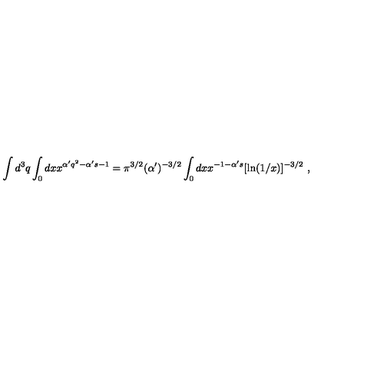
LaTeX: \int d ^ { 3 } q \int _ { 0 } d x x ^ { \alpha ^ { \prime } q ^ { 2 } - \alpha ^ { \prime } s - 1 } = \pi ^ { 3 / 2 } ( \alpha ^ { \prime } ) ^ { - 3 / 2 } \int _ { 0 } d x x ^ { - 1 - \alpha ^ { \prime } s } [ \ln ( 1 / x ) ] ^ { - 3 / 2 } \ ,